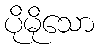
ပိုမိုသော